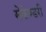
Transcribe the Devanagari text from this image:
सेकेण्‍डरी